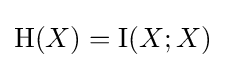
\mathrm {H} (X)=\operatorname {I} (X;X)